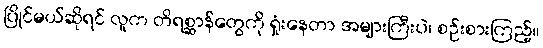
ပြိုင်မယ်ဆိုရင် လူက တိရစ္ဆာန်တွေကို ရှုံးနေတာ အများကြီးပဲ၊ စဉ်းစားကြည့်။